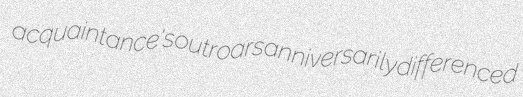
acquaintance's outroars anniversarily differenced